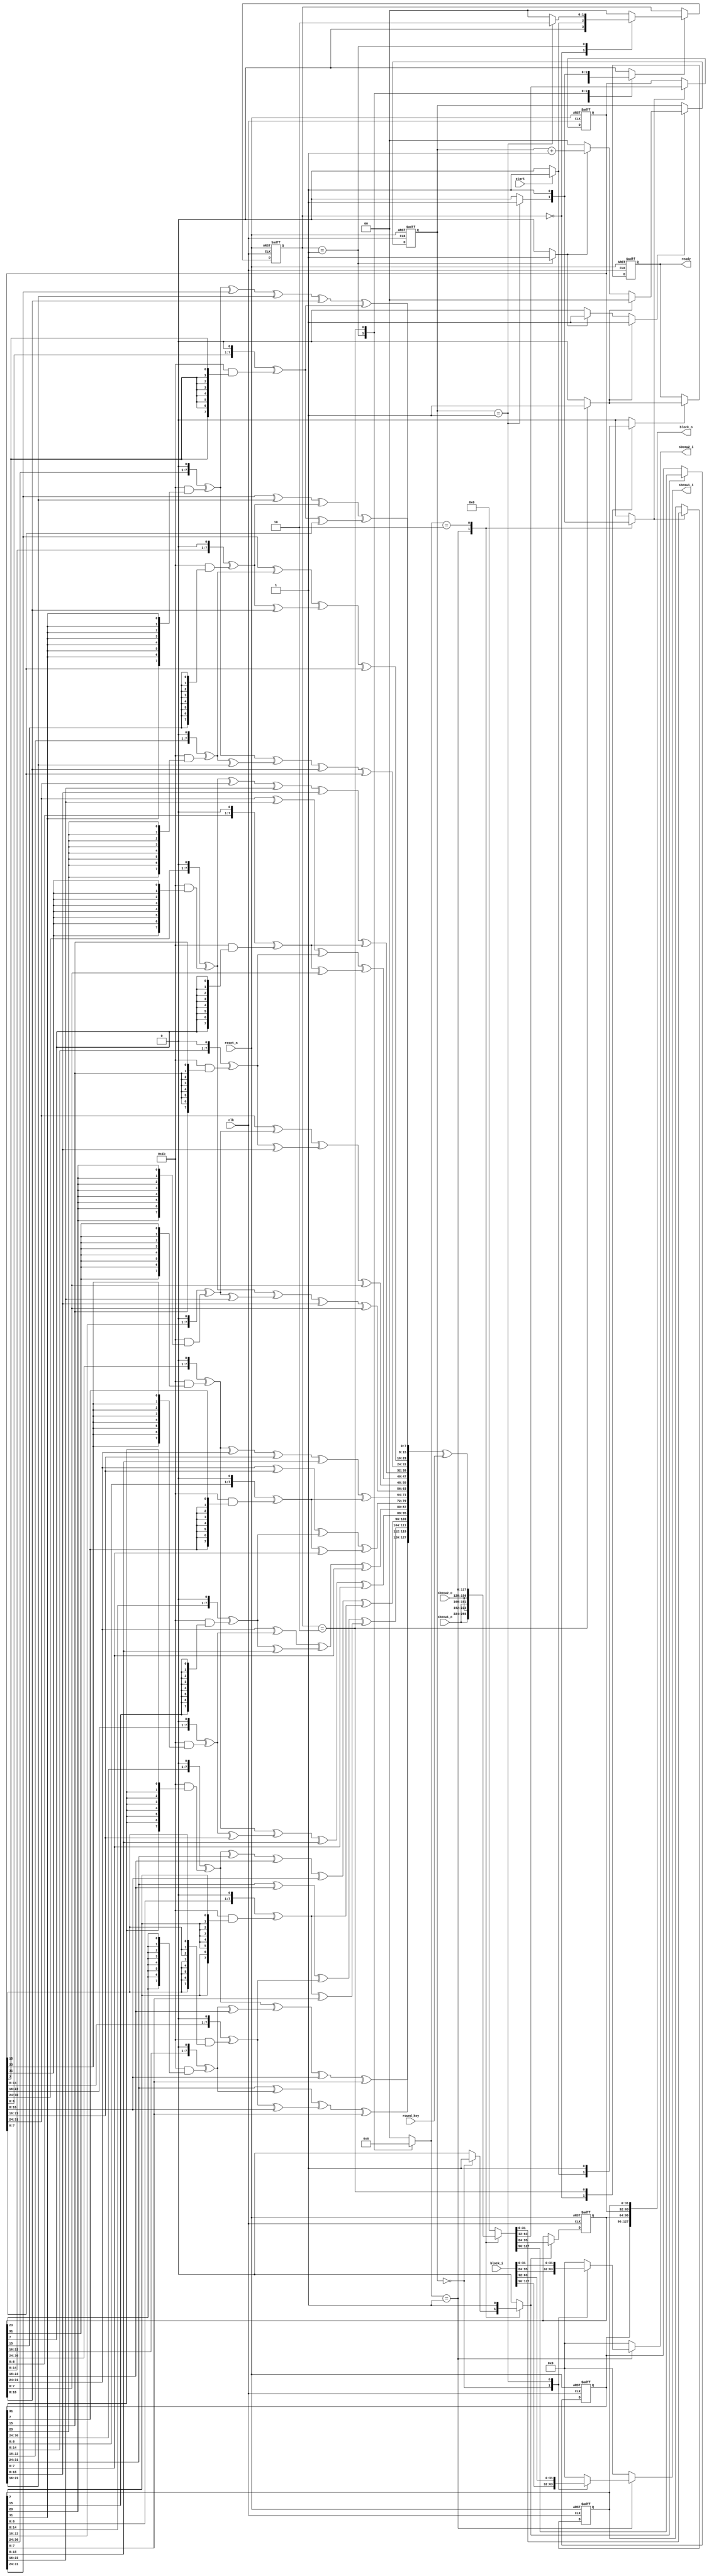
//////////////////////////////////////////////////////////////////////////////////
// Company: 
// 
// Design Name: 
// Module Name: aes_enc_round
// Project Name: 
// Target Devices: 
// Tool Versions: 
// Description: 
// 
// Dependencies: 
// 
// Revision:
// Revision 0.01 - File Created
// Additional Comments:
// 
//////////////////////////////////////////////////////////////////////////////////

`default_nettype none

module aes_enc_round(
                     input wire            clk,
                     input wire            reset_n,

                     input wire            start,
                     input wire [127 : 0]  round_key,

                     output wire [31 : 0]  sboxw1_i,
                     input wire  [31 : 0]  sboxw1_o,
                     
                     output wire [31 : 0]  sboxw2_i,
                     input wire  [31 : 0]  sboxw2_o,

                     input wire [127 : 0]  block_i,
                     output wire [127 : 0] block_o,
                     output wire           ready
                     );


  //----------------------------------------------------------------
  // Internal constant and parameter definitions.
  //----------------------------------------------------------------
  localparam CTRL_IDLE  = 2'h0;
  localparam CTRL_SBOX  = 2'h1;
  localparam CTRL_MAIN  = 2'h2;
  
  localparam NO_UPDATE    = 2'h0;
  localparam SBOX_UPDATE  = 2'h1;
  localparam MAIN_UPDATE  = 2'h2;

  //----------------------------------------------------------------
  // Round functions with sub functions.
  //----------------------------------------------------------------
  function [7 : 0] gm2(input [7 : 0] op);
    begin
      gm2 = {op[6 : 0], 1'b0} ^ (8'h1b & {8{op[7]}});
    end
  endfunction // gm2

  function [7 : 0] gm3(input [7 : 0] op);
    begin
      gm3 = gm2(op) ^ op;
    end
  endfunction // gm3

  function [31 : 0] mixw(input [31 : 0] w);
    reg [7 : 0] b0, b1, b2, b3;
    reg [7 : 0] mb0, mb1, mb2, mb3;
    begin
      b0 = w[31 : 24];
      b1 = w[23 : 16];
      b2 = w[15 : 08];
      b3 = w[07 : 00];

      mb0 = gm2(b0) ^ gm3(b1) ^ b2      ^ b3;
      mb1 = b0      ^ gm2(b1) ^ gm3(b2) ^ b3;
      mb2 = b0      ^ b1      ^ gm2(b2) ^ gm3(b3);
      mb3 = gm3(b0) ^ b1      ^ b2      ^ gm2(b3);

      mixw = {mb0, mb1, mb2, mb3};
    end
  endfunction // mixw

  function [127 : 0] mixcolumns(input [127 : 0] data);
    reg [31 : 0] w0, w1, w2, w3;
    reg [31 : 0] ws0, ws1, ws2, ws3;
    begin
      w0 = data[127 : 096];
      w1 = data[095 : 064];
      w2 = data[063 : 032];
      w3 = data[031 : 000];

      ws0 = mixw(w0);
      ws1 = mixw(w1);
      ws2 = mixw(w2);
      ws3 = mixw(w3);

      mixcolumns = {ws0, ws1, ws2, ws3};
    end
  endfunction // mixcolumns

  function [127 : 0] shiftrows(input [127 : 0] data);
    reg [31 : 0] w0, w1, w2, w3;
    reg [31 : 0] ws0, ws1, ws2, ws3;
    begin
      w0 = data[127 : 096];
      w1 = data[095 : 064];
      w2 = data[063 : 032];
      w3 = data[031 : 000];

      ws0 = {w0[31 : 24], w1[23 : 16], w2[15 : 08], w3[07 : 00]};
      ws1 = {w1[31 : 24], w2[23 : 16], w3[15 : 08], w0[07 : 00]};
      ws2 = {w2[31 : 24], w3[23 : 16], w0[15 : 08], w1[07 : 00]};
      ws3 = {w3[31 : 24], w0[23 : 16], w1[15 : 08], w2[07 : 00]};

      shiftrows = {ws0, ws1, ws2, ws3};
    end
  endfunction // shiftrows

  function [127 : 0] addroundkey(input [127 : 0] data, input [127 : 0] rkey);
    begin
      addroundkey = data ^ rkey;
    end
  endfunction // addroundkey


  //----------------------------------------------------------------
  // Registers including update variables and write enable.
  //----------------------------------------------------------------
  reg [1 : 0]   sword_ctr_reg;
  reg [1 : 0]   sword_ctr_new;
  reg           sword_ctr_we;
  reg           sword_ctr_inc;
  reg           sword_ctr_rst;

  reg [127 : 0] block_new;
  reg [31 : 0]  block_w0_reg;
  reg [31 : 0]  block_w1_reg;
  reg [31 : 0]  block_w2_reg;
  reg [31 : 0]  block_w3_reg;
  reg           block_w0_we;
  reg           block_w1_we;
  reg           block_w2_we;
  reg           block_w3_we;

  reg           ready_reg;
  reg           ready_new;
  reg           ready_we;

  reg [1 : 0]   enc_round_ctrl_reg;
  reg [1 : 0]   enc_round_ctrl_new;
  reg           enc_round_ctrl_we;


  //----------------------------------------------------------------
  // Wires.
  //----------------------------------------------------------------
  reg [31 : 0] muxed_sboxw1;
  reg [31 : 0] muxed_sboxw2;
  reg [2 : 0]  update_type;

  //----------------------------------------------------------------
  // Concurrent connectivity for ports etc.
  //----------------------------------------------------------------
  assign sboxw1_i = muxed_sboxw1;
  assign sboxw2_i = muxed_sboxw2;
  assign block_o = {block_w0_reg, block_w1_reg, block_w2_reg, block_w3_reg};
  assign ready   = ready_reg;


  //----------------------------------------------------------------
  // reg_update
  //
  // Update functionality for all registers in the core.
  // All registers are positive edge triggered with asynchronous
  // active low reset. All registers have write enable.
  //----------------------------------------------------------------
  always @ (posedge clk or negedge reset_n)
    begin: reg_update
      if (!reset_n)
        begin
          block_w0_reg  <= 32'h0;
          block_w1_reg  <= 32'h0;
          block_w2_reg  <= 32'h0;
          block_w3_reg  <= 32'h0;
          sword_ctr_reg <= 2'h0;
          ready_reg     <= 1'b1;
          enc_round_ctrl_reg  <= CTRL_IDLE;
        end
      else
        begin
          if (block_w0_we)
            block_w0_reg <= block_new[127 : 096];

          if (block_w1_we)
            block_w1_reg <= block_new[095 : 064];

          if (block_w2_we)
            block_w2_reg <= block_new[063 : 032];

          if (block_w3_we)
            block_w3_reg <= block_new[031 : 000];

          if (sword_ctr_we)
            sword_ctr_reg <= sword_ctr_new;

          if (ready_we)
            ready_reg <= ready_new;

          if (enc_round_ctrl_we)
            enc_round_ctrl_reg <= enc_round_ctrl_new;
        end
    end // reg_update


  //----------------------------------------------------------------
  // round_logic
  //
  // The logic needed to implement init, main and final rounds.
  //----------------------------------------------------------------
  always @*
    begin : round_logic
      reg [127 : 0] old_block, shiftrows_block, mixcolumns_block;
      reg [127 : 0] addkey_init_block, addkey_main_block, addkey_final_block;

      block_new   = 128'h0;
      muxed_sboxw1 = 32'h0;
      muxed_sboxw2 = 32'h0;
      block_w0_we = 1'b0;
      block_w1_we = 1'b0;
      block_w2_we = 1'b0;
      block_w3_we = 1'b0;

      old_block          = {block_w0_reg, block_w1_reg, block_w2_reg, block_w3_reg};
      shiftrows_block    = shiftrows(old_block);
      mixcolumns_block   = mixcolumns(shiftrows_block);
      addkey_main_block  = addroundkey(mixcolumns_block, round_key);

      case (update_type)
        SBOX_UPDATE:
          begin
            block_new = {sboxw1_o, sboxw2_o, sboxw1_o, sboxw2_o};
            case (sword_ctr_reg)
              2'h0:
                begin
                  muxed_sboxw1 = block_i[127 : 096];
                  muxed_sboxw2 = block_i[095 : 064];
                  block_w0_we = 1'b1;
                  block_w1_we = 1'b1;
                end

              2'h1:
                begin
                  muxed_sboxw1 = block_i[063 : 032];
                  muxed_sboxw2 = block_i[031 : 000];
                  block_w2_we = 1'b1;
                  block_w3_we = 1'b1;
                end
            endcase // case (sbox_mux_ctrl_reg)
          end

        MAIN_UPDATE:
          begin
            block_new    = addkey_main_block;
            block_w0_we  = 1'b1;
            block_w1_we  = 1'b1;
            block_w2_we  = 1'b1;
            block_w3_we  = 1'b1;
          end

        default:
          begin
          end
      endcase // case (update_type)
    end // round_logic


  //----------------------------------------------------------------
  // sword_ctr
  //
  // The subbytes word counter with reset and increase logic.
  //----------------------------------------------------------------
  always @*
    begin : sword_ctr
      sword_ctr_new = 2'h0;
      sword_ctr_we  = 1'b0;

      if (sword_ctr_rst)
        begin
          sword_ctr_new = 2'h0;
          sword_ctr_we  = 1'b1;
        end
      else if (sword_ctr_inc)
        begin
          sword_ctr_new = sword_ctr_reg + 1'b1;
          sword_ctr_we  = 1'b1;
        end
    end // sword_ctr


  //----------------------------------------------------------------
  // enc_round_ctrl
  //
  // The FSM that controls the encipher operations.
  //----------------------------------------------------------------
  always @*
    begin: enc_round_ctrl
      // Default assignments.
      sword_ctr_inc = 1'b0;
      sword_ctr_rst = 1'b0;
      ready_new     = 1'b0;
      ready_we      = 1'b0;
      update_type   = NO_UPDATE;
      enc_round_ctrl_new  = CTRL_IDLE;
      enc_round_ctrl_we   = 1'b0;

      case(enc_round_ctrl_reg)
        CTRL_IDLE:
          begin
            if (start)
              begin
                ready_new     = 1'b0;
                ready_we      = 1'b1;
                enc_round_ctrl_new  = CTRL_SBOX;
                enc_round_ctrl_we   = 1'b1;
              end
          end

        CTRL_SBOX:
          begin
            sword_ctr_inc = 1'b1;
            update_type   = SBOX_UPDATE;
            if (sword_ctr_reg == 2'h1)
              begin
                enc_round_ctrl_new  = CTRL_MAIN;
                enc_round_ctrl_we   = 1'b1;
              end
          end

        CTRL_MAIN:
          begin
            sword_ctr_rst     = 1'b1;
            update_type       = MAIN_UPDATE;
            enc_round_ctrl_we = 1'b1;
            ready_new         = 1'b1;
            ready_we          = 1'b1;
          end

        default:
          begin
            // Empty. Just here to make the synthesis tool happy.
          end
      endcase // case (enc_round_ctrl_reg)
    end // enc_round_ctrl

endmodule // aes_enc_round